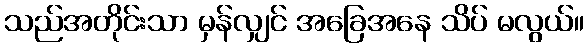
သည်အတိုင်းသာ မှန်လျှင် အခြေအနေ သိပ် မလွယ်။